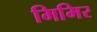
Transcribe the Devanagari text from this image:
मिमिर